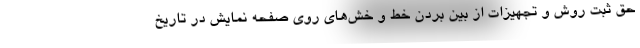
حق ثبت روش و تجهیزات از بین بردن خط و خش‌های روی صفحه نمایش در تاریخ